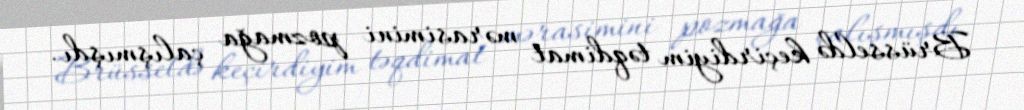
Brüsseldə keçirdiyim təqdimat mərasimini pozmağa çalışmışdı.